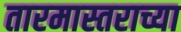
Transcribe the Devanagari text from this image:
तारमास्तराच्या